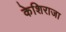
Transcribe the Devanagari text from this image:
केशिराजा